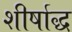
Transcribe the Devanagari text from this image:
शीर्षाद्ध